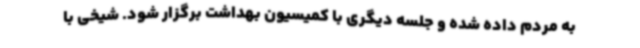
به مردم داده شده و جلسه دیگری با کمیسیون بهداشت برگزار شود. شیخی با